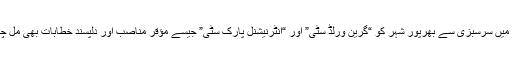
تعمیرات میں سرسبزی سے بھرپور شہر کو “گرین ورلڈ سٹی” اور “انٹرنیشنل پارک سٹی” جیسے مؤقر مناصب اور دلپسند خطابات بھی مل چکے ہیں۔